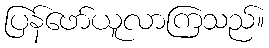
ပြန်ဖော်ယူလာကြသည်။